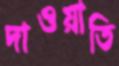
দাওয়াতি